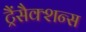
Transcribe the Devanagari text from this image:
ट्रैंसैक्शन्स